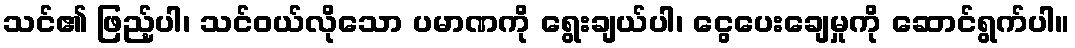
သင်၏ ဖြည့်ပါ၊ သင်ဝယ်လိုသော ပမာဏကို ရွေးချယ်ပါ၊ ငွေပေးချေမှုကို ဆောင်ရွက်ပါ။